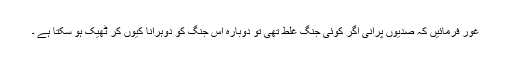
غور فرمائیں کہ صدیوں پرانی اگر کوئی جنگ غلط تھی تو دوبارہ اس جنگ کو دوہرانا کیوں کر ٹھیک ہو سکتا ہے ۔